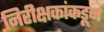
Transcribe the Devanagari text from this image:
निरीक्षकांकडून